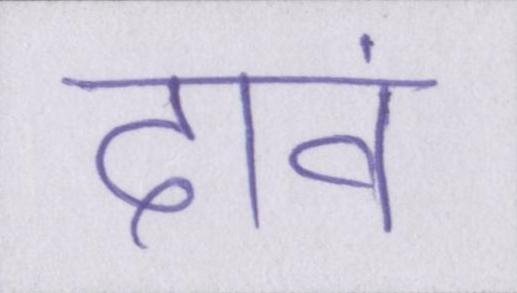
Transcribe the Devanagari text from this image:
दावं